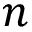
n